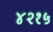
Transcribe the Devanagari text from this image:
४२१५